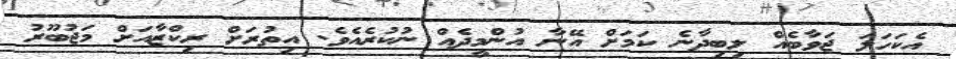
އެކަހަލަ ޖަވާބެއް ލިބިދާނެ ކަމަށް އޭނާ އުންމީދެއް ނުކުރެއެވެ. އިތުރަށް ރިކްޒާއަށް މަޖުބޫރު